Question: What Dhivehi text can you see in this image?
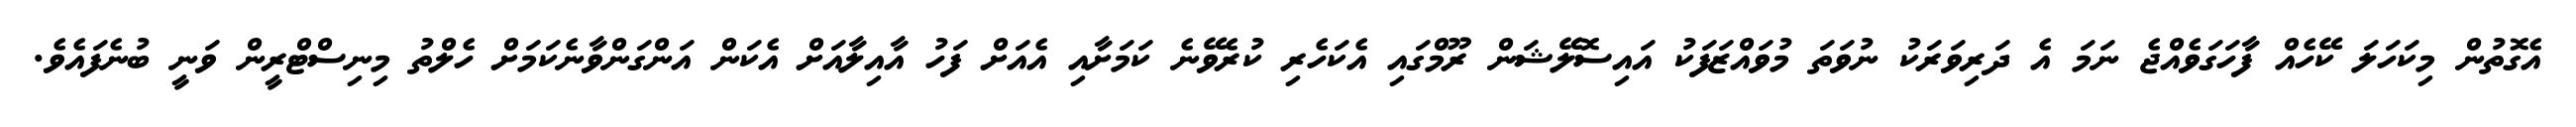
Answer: އެގޮތުން މިކަހަލަ ކޭހެއް ފާހަގަވެއްޖެ ނަމަ އެ ދަރިވަރަކު ނުވަތަ މުވައްޒަފަކު އައިސޮލޭޝަން ރޫމްގައި އެކަހެރި ކުރެވޭނެ ކަމަށާއި އެއަށް ފަހު އާއިލާއަށް އެކަން އަންގަންވާނެކަމަށް ހެލްތު މިނިސްޓްރީން ވަނީ ބުނެފައެވެ.